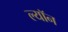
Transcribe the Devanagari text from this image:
ल्याॅन